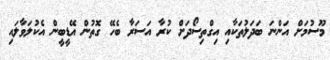
މޫސުމަށް އަންނަ ބަދަލުތަކާއި އިގްތިސޯދަށް ކުރާ އަސަރާ ބެހޭ ގޮތުން އޭޑީބީން އެކުލަވާލައި